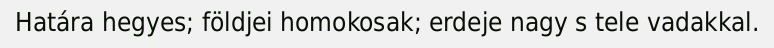
Határa hegyes; földjei homokosak; erdeje nagy s tele vadakkal.